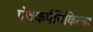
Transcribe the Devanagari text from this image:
पंचकर्मचिकित्सा